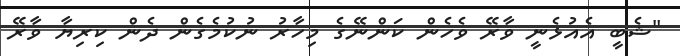
"ޝެބީ އެއުޅެނީ ވާރޭ ވެހެން ކަންނޭގެ މިހާރު ނުކުމެގެން ދެން ކިރިޔާ ވާރޭ